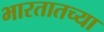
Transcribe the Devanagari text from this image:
भारतातच्या